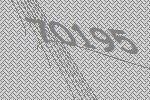
70195